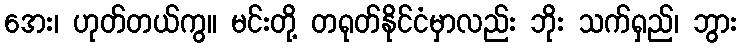
အေး၊ ဟုတ်တယ်ကွ။ မင်းတို့ တရုတ်နိုင်ငံမှာလည်း ဘိုး သက်ရှည်၊ ဘွား